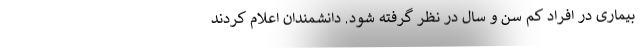
بیماری در افراد کم سن و سال در نظر گرفته شود. دانشمندان اعلام کردند